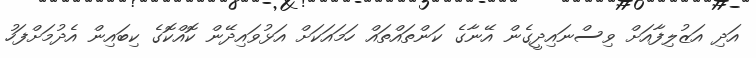
އަދި އަޒުލިފާއަށް ވިސްނައިދީގެން އޭނާގެ ކަންތައްތައް ހަމައަކަށް އަޅުވައިދޭން ކޮއްކޮގެ ކިބައިން އެދުމަށްފަހު